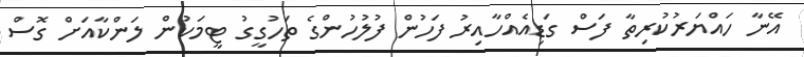
އޭނާ ހައްޔަރުކުރިތާ ފަސް ގަޑިއެއްހާއިރު ފަހުން ފުލުހުންގެ ތަހުގީގު ޓީމަކުން ލަންކާއަށް ގޮސް